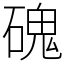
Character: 磈